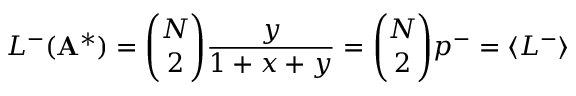
L ^ { - } ( \mathbf { A } ^ { * } ) = \binom { N } { 2 } \frac { y } { 1 + x + y } = \binom { N } { 2 } p ^ { - } = \langle L ^ { - } \rangle